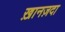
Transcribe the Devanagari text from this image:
ख़ानज़दा